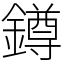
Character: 鐏